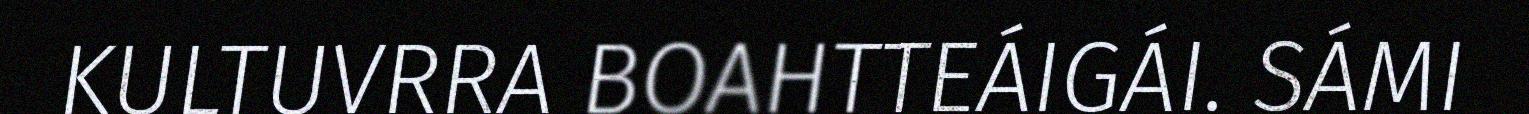
KULTUVRRA BOAHTTEÁIGÁI. SÁMI